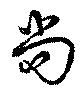
尚